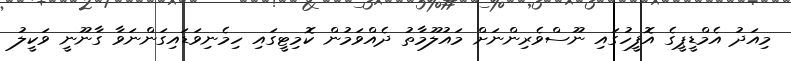
މިއަދު އެމްޑީޕީގެ އޮފީހުގައި ނޫސްވެރިންނަށް މައުލޫމާތު ދެއްވަމުން ކޮމިޓީގައި ހިމެނިވަޑައިގަންނަވާ ގާނޫނީ ވަކީލު